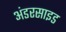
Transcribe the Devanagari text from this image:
अंडरसाइड